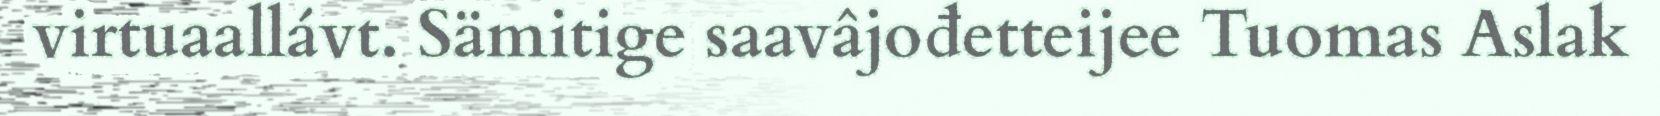
virtuaallávt. Sämitige saavâjođetteijee Tuomas Aslak